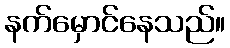
နက်မှောင်နေသည်။